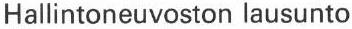
Hallintoneuvoston lausunto